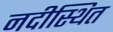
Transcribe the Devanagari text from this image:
नदीस्थित